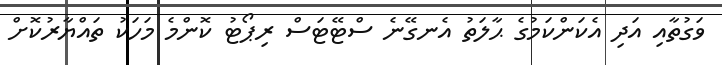
ވަގުތާއި އަދި އެކަންކަމުގެ ޙާލަތު އެނގޭނެ ސްޓޭޓަސް ރިޕޯޓު ކޮންމެ މަހަކު ތައްޔާރުކޮށް